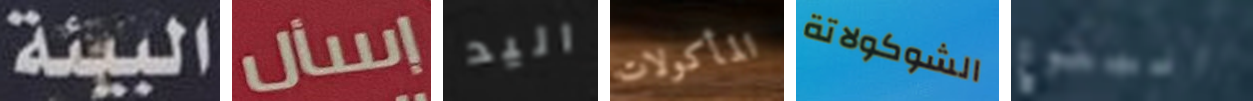
البيئة إسأل اليد المأكولات الشوكولاتة البلوغ